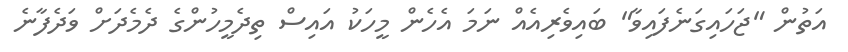
އަތުން "ޖަހައިގަނެފައިވާ" ބައިވެރިއެއް ނަމަ އެހެން މީހަކު އައިސް ތިދެމީހުންގެ ދެމެދަށް ވަދެފާނެ